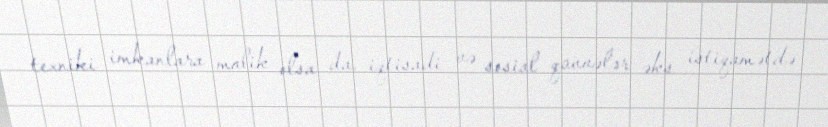
texniki imkanlara malik olsa da, iqtisadi və sosial qüvvələr əks istiqamətdə